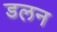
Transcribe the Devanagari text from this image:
डलन